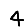
Digit: 4